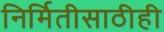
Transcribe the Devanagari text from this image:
निर्मितीसाठीही